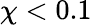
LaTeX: \chi<0.1